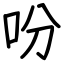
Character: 吩